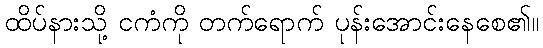
ထိပ်နားသို့ ငကံကို တက်ရောက် ပုန်းအောင်းနေစေ၏။